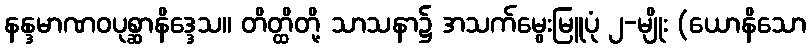
နန္ဒမာဏဝပုစ္ဆာနိဒ္ဒေသ။ တိတ္ထိတို့ သာသနာ၌ အသက်မွေးမြူပုံ ၂-မျိုး (ယောနိသော